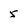
Character: 5